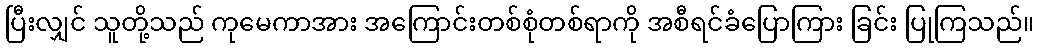
ပြီးလျှင် သူတို့သည် ကုမေကာအား အကြောင်းတစ်စုံတစ်ရာကို အစီရင်ခံပြောကြား ခြင်း ပြုကြသည်။